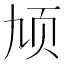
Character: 𬱓